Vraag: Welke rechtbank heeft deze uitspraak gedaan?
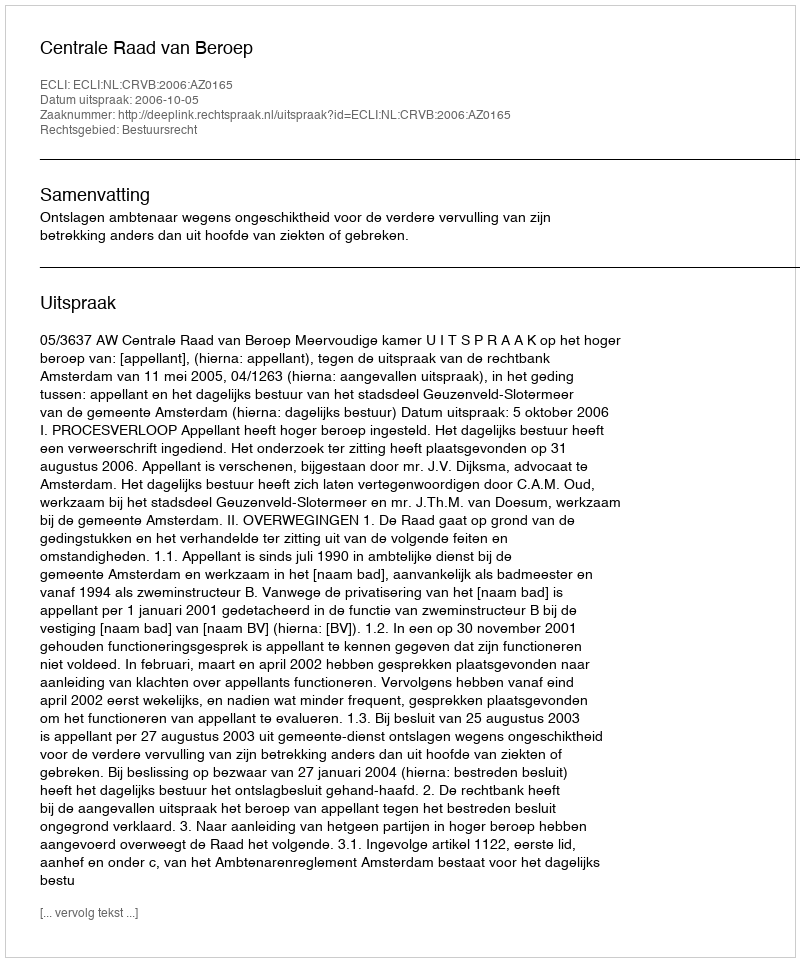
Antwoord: Centrale Raad van Beroep